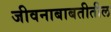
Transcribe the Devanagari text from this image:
जीवनाबाबतीतील